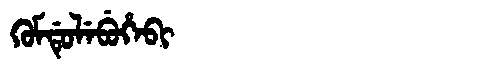
Manchu: ᡴᡠᠮᡩᡠᠯᡝᠪᡠᡥᡝᠪᡳ
Romanization: KUMDULEBUHEBI